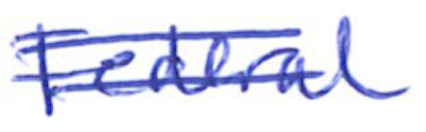
Text: Federal
Cross-out: double-line
Writing tool: ballpoint